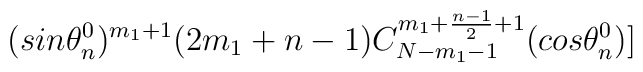
(sin{\theta_n^0})^{m_{1}+1}(2m_1+n-1)C_{N-m_{1}-1}^{m_1+\frac{n-1}{2}+1}(cos{\theta_n^0})]